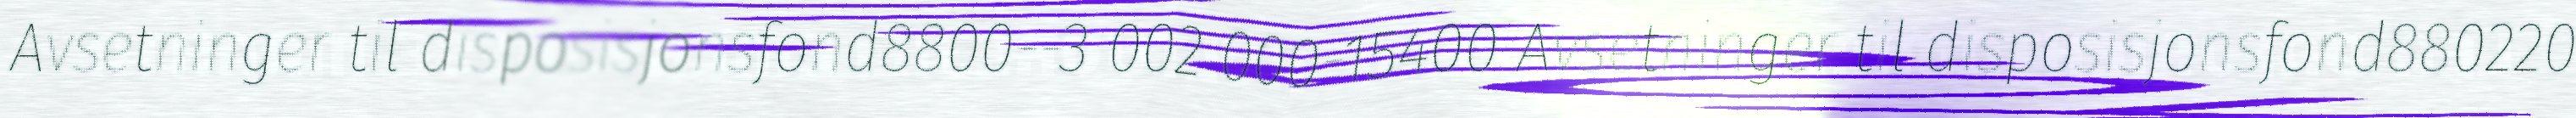
Avsetninger til disposisjonsfond8800--3 002 000-15400 Avsetninger til disposisjonsfond880220